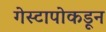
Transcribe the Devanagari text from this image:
गेस्टापोकडून